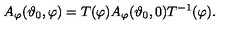
A _ { \varphi } ( \vartheta _ { 0 } , \varphi ) = T ( \varphi ) A _ { \varphi } ( \vartheta _ { 0 } , 0 ) T ^ { - 1 } ( \varphi ) .